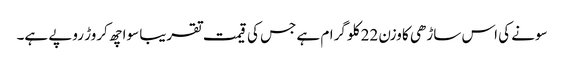
سونے کی اس ساڑھی کا وزن 22 کلو گرام ہے جس کی قیمت تقریبا سوا چھ کروڑ روپے ہے۔